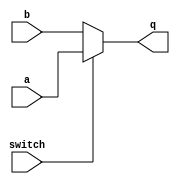
/*
   Copyright 2020 Ali Raheem <github@shoryuken.me>

   Licensed under the Apache License, Version 2.0 (the "License");
   you may not use this file except in compliance with the License.
   You may obtain a copy of the License at

       http://www.apache.org/licenses/LICENSE-2.0

   Unless required by applicable law or agreed to in writing, software
   distributed under the License is distributed on an "AS IS" BASIS,
   WITHOUT WARRANTIES OR CONDITIONS OF ANY KIND, either express or implied.
   See the License for the specific language governing permissions and limitations under the License.
*/

module mux (a, b, q, switch);
   parameter BUS_WIDTH = 4;
   input [BUS_WIDTH - 1:0] a;
   input [BUS_WIDTH - 1:0] b;
   output [BUS_WIDTH - 1:0] q;
   input 		   switch;

   assign q = switch ? a : b;
   
endmodule // mux